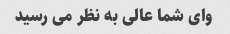
وای شما عالی به نظر می رسید